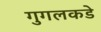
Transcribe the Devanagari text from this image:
गुगलकडे